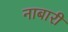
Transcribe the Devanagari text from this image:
नाबारी